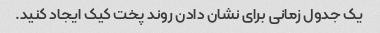
یک جدول زمانی برای نشان دادن روند پخت کیک ایجاد کنید.